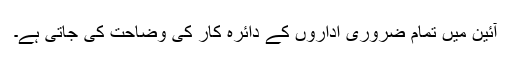
آئین میں تمام ضروری اداروں کے دائرہ کار کی وضاحت کی جاتی ہے۔